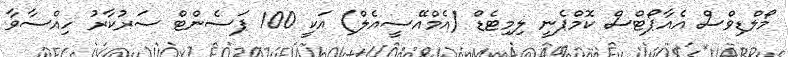
މޯލްޑިވްސް އެއާޕޯޓްސް ކޮމްޕެނީ ލިމިޓެޑް (އެމްއޭސީއެލް) އަކީ 100 ޕަސެންޓް ސަރުކާރު ހިއްސާވާ